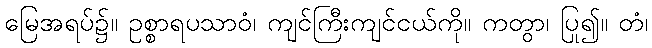
မြေအရပ်၌။ ဥစ္စာရပသာဝံ၊ ကျင်ကြီးကျင်ငယ်ကို။ ကတွာ၊ ပြု၍။ တံ၊